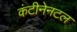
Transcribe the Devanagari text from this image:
कंटीनेनटल